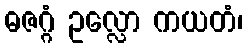
ဓဇဂ္ဂံ ဥလ္လော ကယတံ၊